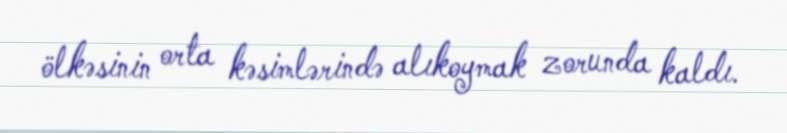
ölkəsinin orta kəsimlərində alıkoymak zorunda kaldı.